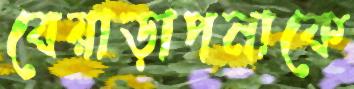
বেয়াড়াপনাকে